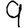
Digit: 9